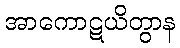
အာကောဋယိတွာန